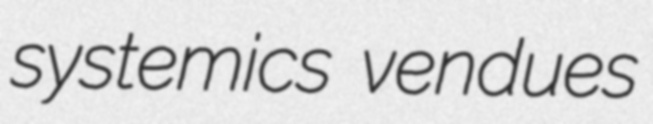
systemics vendues